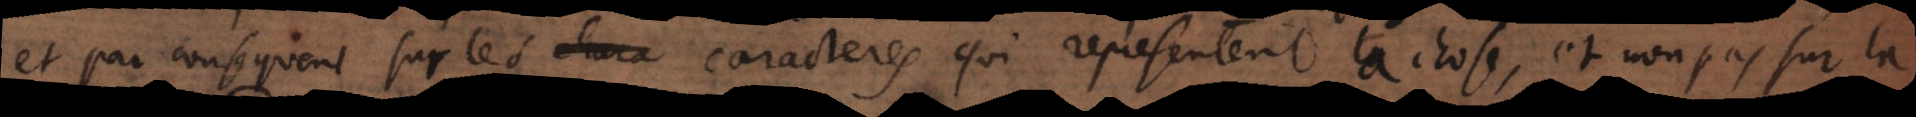
par consequent sur les caracteres qui representent la chose, et non pas sur la